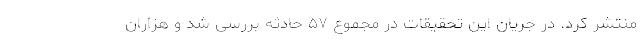
منتشر کرد. در جریان این تحقیقات در مجموع ۵۷ حادثه بررسی شد و هزاران